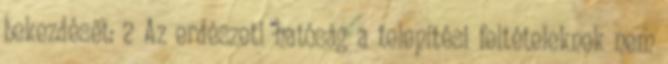
bekezdését: 2 Az erdészeti hatóság a telepítési feltételeknek nem